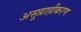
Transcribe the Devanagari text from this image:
असुग्राहीकरण